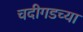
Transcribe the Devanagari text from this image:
चदीगडच्या